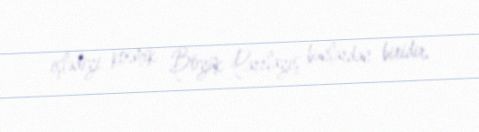
işlədiyi kosmik Böyük Parrlayış bunlardan biridir.